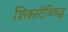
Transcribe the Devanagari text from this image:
शिकारींविरुद्ध